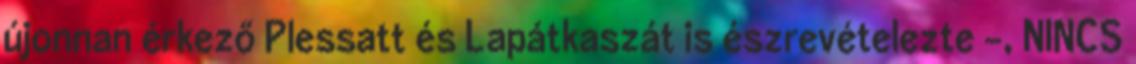
újonnan érkező Plessatt és Lapátkaszát is észrevételezte -, NINCS